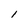
Character: l